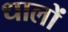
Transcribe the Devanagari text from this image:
धालों